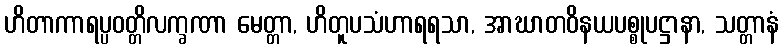
ဟိတာကာရပ္ပဝတ္တိလက္ခဏာ မေတ္တာ, ဟိတူပသံဟာရရသာ, အာဃာတဝိနယပစ္စုပဋ္ဌာနာ, သတ္တာနံ